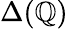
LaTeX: \Delta(\mathbb{Q})